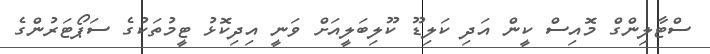
ސްޓާލިންގް މޮއިސް ކީން އަދި ކަލިޑޫ ކޫލިބަލީއަށް ވަނީ އިދިކޮޅު ޓީމުތަކުގެ ސަޕޯޓަރުންގެ